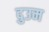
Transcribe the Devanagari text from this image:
दुउम